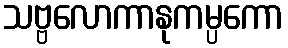
သဗ္ဗလောကာနုကမ္ပကော